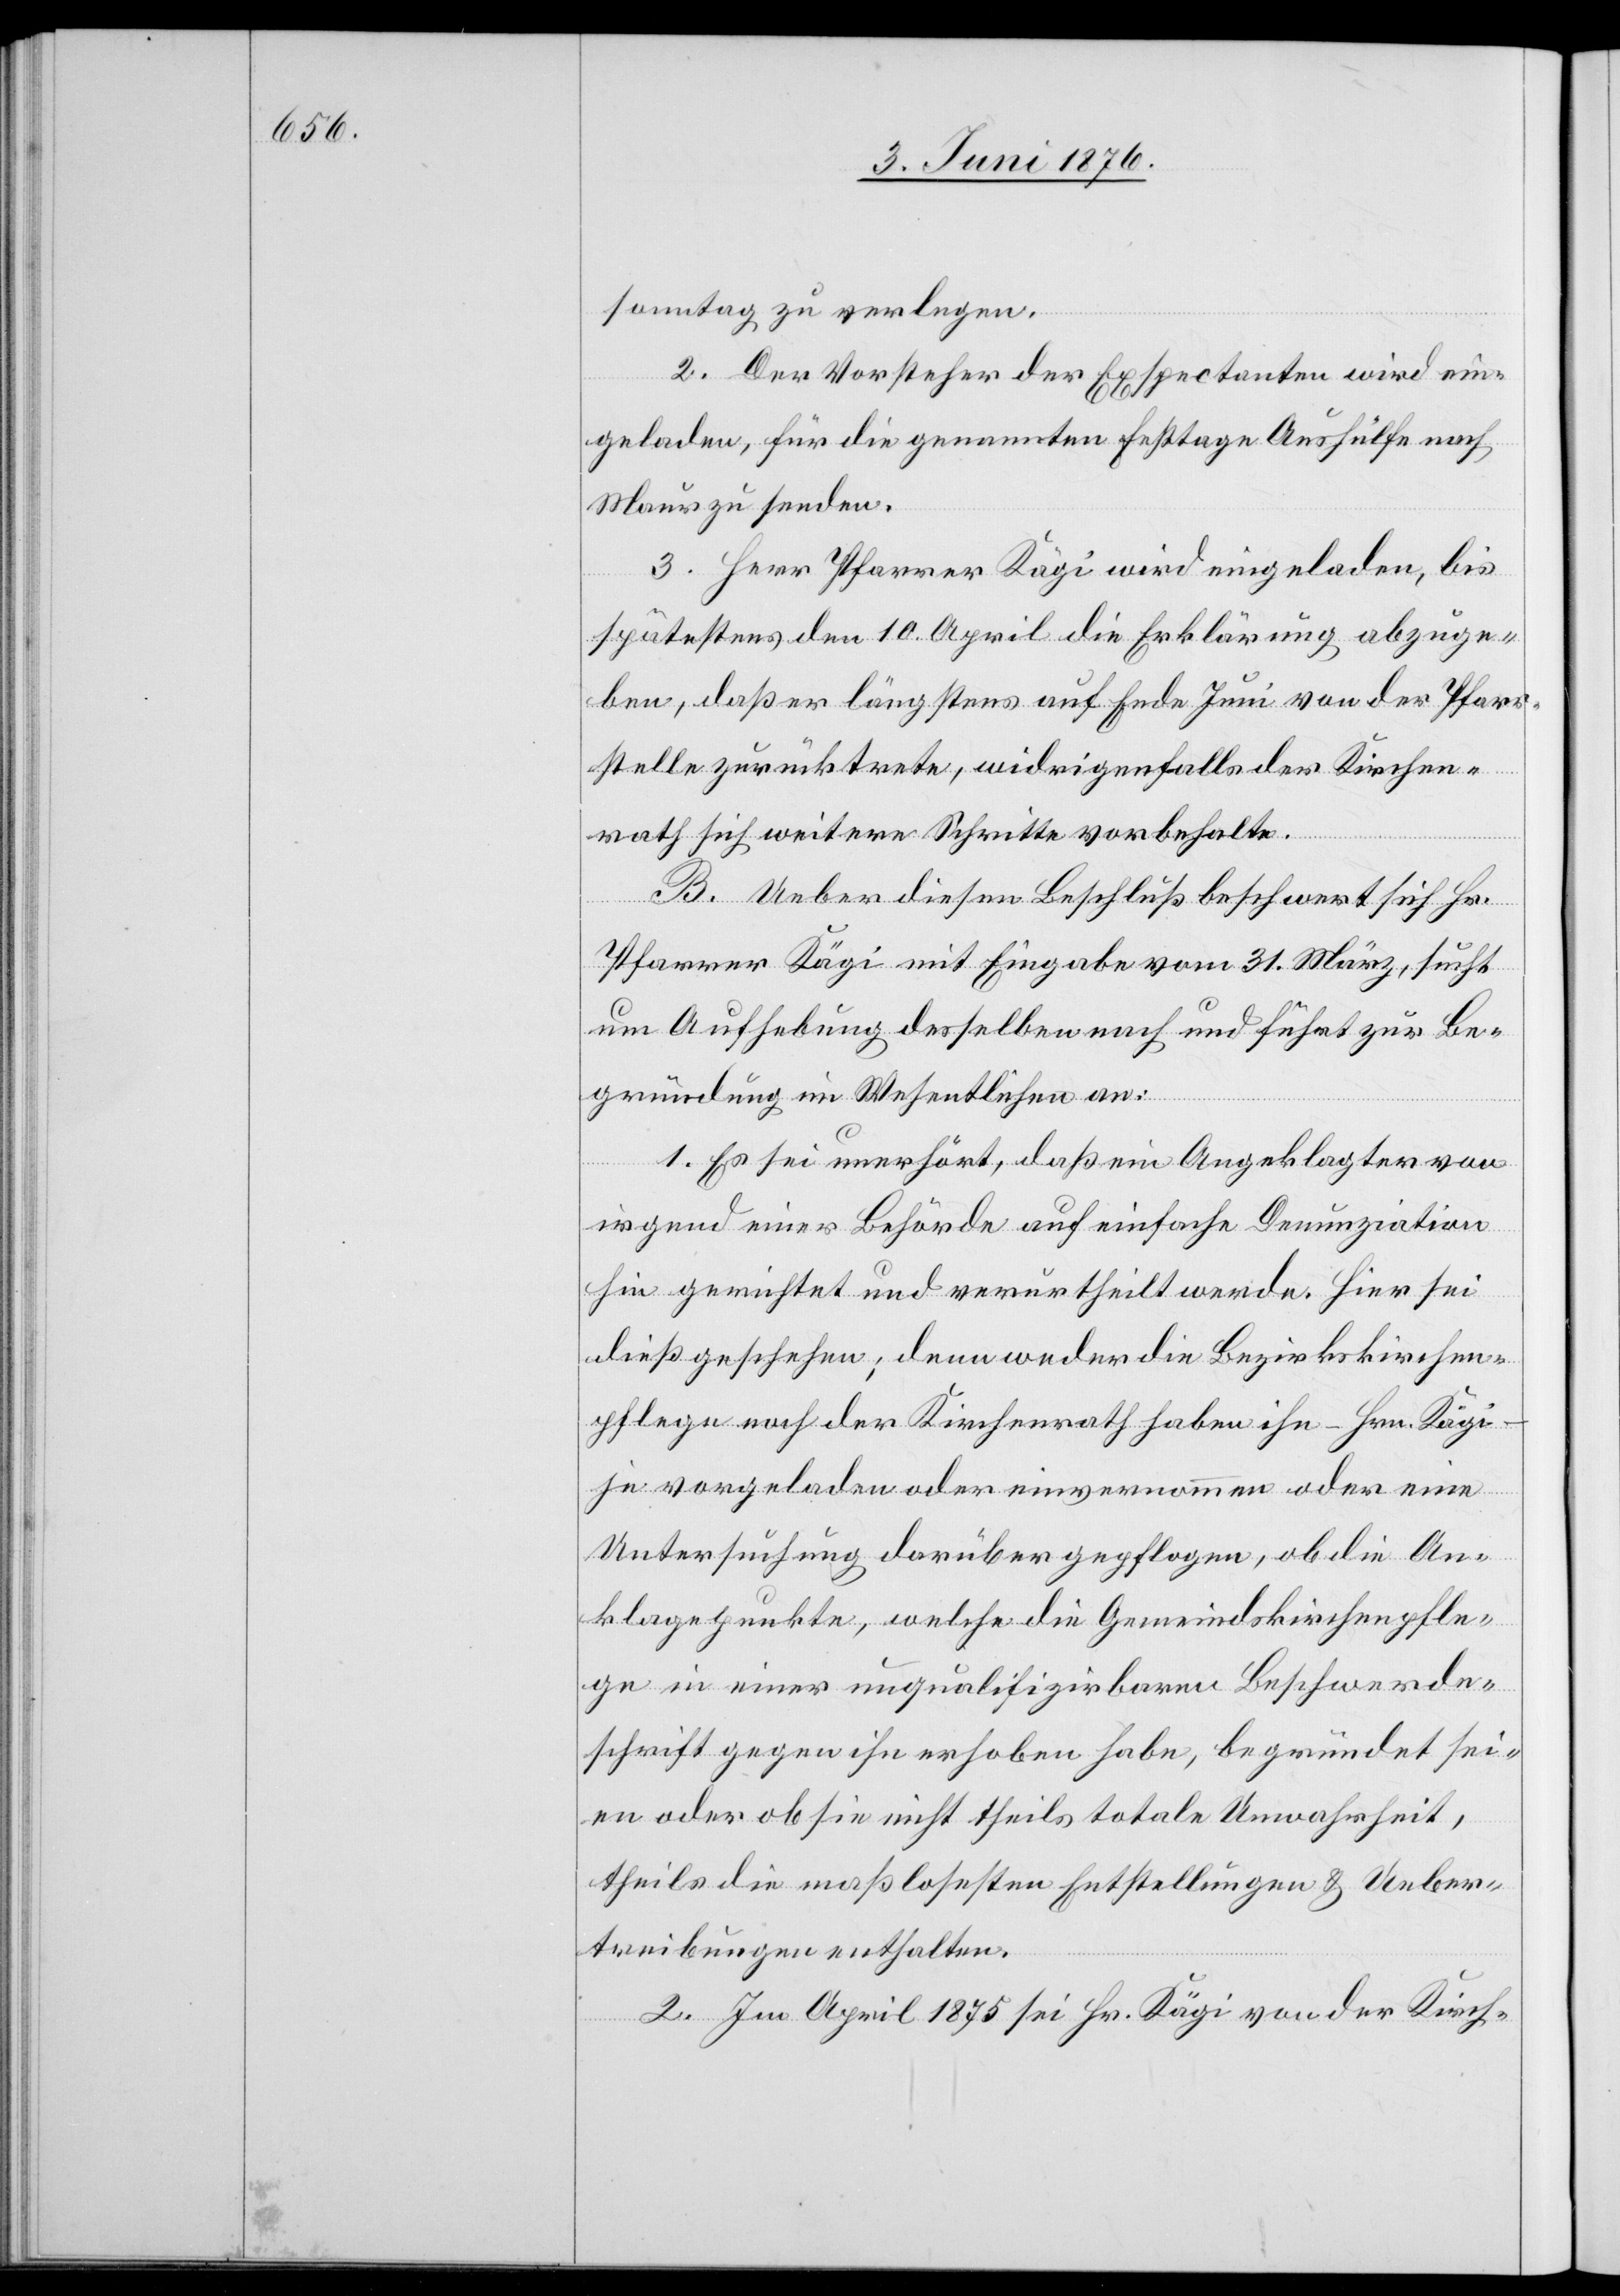
sonntag zu verlegen.
2. Der Vorsteher der Expectanten wird ein¬
geladen, für die genannten Festtage Aushilfe nach
Maur zu senden.
3. Herr Pfarrer Kägi wird eingeladen, bis
spätestens den 10. April die Erklärung abzuge¬
ben, daß er längstens auf Ende Juni von der Pfarr¬
stelle zurücktrete, widrigenfalls der Kirchen¬
rath sich weitere Schritte vorbehalte.
B. Ueber diesen Beschluß beschwert sich Hr.
Pfarrer Kägi mit Eingabe vom 31. März, sucht
um Aufhebung desselben nach und führt zur Be¬
gründung im Wesentlichen an:
1. Es sei unerhört, daß ein Angeklagter von
irgend einer Behörde auf einfache Denunziation
hin gerichtet und verurtheilt werde. Hier sei
dies geschehen; denn weder die Bezirkskirchen¬
pflege noch der Kirchenrath haben ihn – Hrn. Kägi
je vorgeladen oder einvernommen oder eine
Untersuchung darüber gepflogen, ob die An¬
klagepunkte, welche die Gemeindskirchenpfle¬
ge in einer unqualifizirbaren Beschwerde¬
schrift gegen ihn erhoben habe, begründet sei¬
en oder ob sie nicht theils totale Unwahrheit,
theils die maßlosesten Entstellungen & Ueber¬
treibungen enthalten.
2. Im April 1875 sei Hr. Kägi von der Kirch-